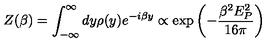
Z ( \beta ) = \int _ { - \infty } ^ { \infty } d y \rho ( y ) e ^ { - i \beta y } \propto \exp \left( - { \frac { \beta ^ { 2 } E _ { P } ^ { 2 } } { 1 6 \pi } } \right)